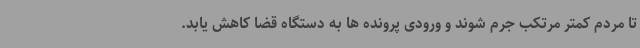
تا مردم کمتر مرتکب جرم شوند و ورودی پرونده ها به دستگاه قضا کاهش یابد.